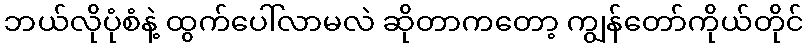
ဘယ်လိုပုံစံနဲ့ ထွက်ပေါ်လာမလဲ ဆိုတာကတော့ ကျွန်တော်ကိုယ်တိုင်